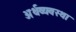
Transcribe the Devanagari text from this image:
अर्थव्यवस्‍था